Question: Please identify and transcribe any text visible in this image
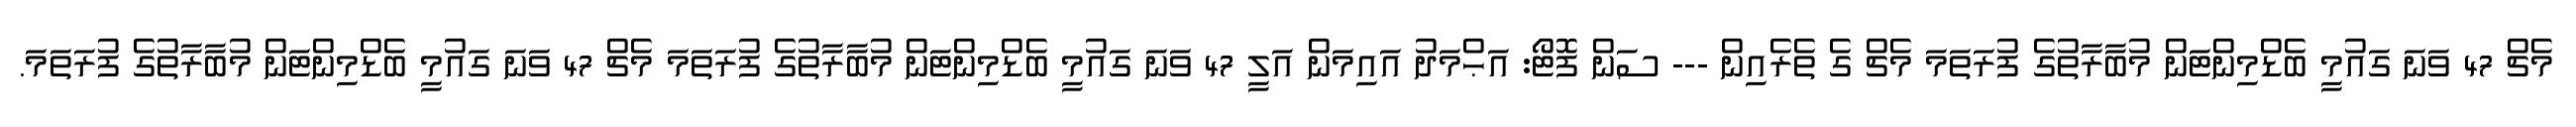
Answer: މެޗް 47 ވަނަ ގައުމީ ބެޑްމިންޓަން މުބާރާތުގެ ފުރަތަމަ މެޗް ގެ ތެރެއިން --- ސަން ފޮޓޯ: އަޙްމަދު އައިމަން އަލީ 47 ވަނަ ގައުމީ ބެޑްމިންޓަން މުބާރާތުގެ ފުރަތަމަ މެޗް 47 ވަނަ ގައުމީ ބެޑްމިންޓަން މުބާރާތުގެ ފުރަތަމަ.